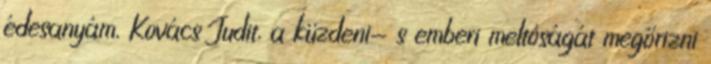
édesanyám, Kovács Judit, a küzdeni- s emberi meltóságát megőrizni